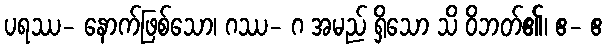
ပရဿ- နောက်ဖြစ်သော၊ ဂဿ- ဂ အမည် ရှိသော သိ ဝိဘတ်၏၊ ဧ- ဧ